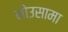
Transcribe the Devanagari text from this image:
नोउसामा